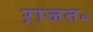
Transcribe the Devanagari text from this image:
ऱाजत॰